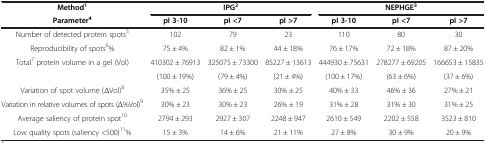
<table><thead><tr><td><b>Method<sup>1</sup></b></td><td colspan="3"><b>IPG<sup>2</sup></b></td><td colspan="3"><b>NEPHGE<sup>3</sup></b></td></tr><tr><td><b>Parameter<sup>4</sup></b></td><td><b>pI 3-10</b></td><td><b>pI &lt;7</b></td><td><b>pI &gt;7</b></td><td><b>pI 3-10</b></td><td><b>pI &lt;7</b></td><td><b>pI &gt;7</b></td></tr></thead><tbody><tr><td>Number of detected protein spots<sup>5</sup></td><td>102</td><td>79</td><td>23</td><td>110</td><td>80</td><td>30</td></tr><tr><td>Reproducibility of spots<sup>6</sup>%</td><td>75 ± 4%</td><td>82 ± 1%</td><td>44 ± 18%</td><td>76 ± 17%</td><td>72 ± 18%</td><td>87 ± 20%</td></tr><tr><td rowspan="2">Total<sup>7</sup> protein volume in a gel (Vol)</td><td>410302 ± 76913</td><td>325075 ± 73300</td><td>85227 ± 13613</td><td>444930 ± 75631</td><td>278277 ± 69205</td><td>166653 ± 15835</td></tr><tr><td>(100 ± 19%)</td><td>(79 ± 4%)</td><td>(21 ± 4%)</td><td>(100 ± 17%)</td><td>(63 ± 6%)</td><td>(37 ± 6%)</td></tr><tr><td>Variation of spot volume (ΔVol)<sup>8</sup></td><td>35% ± 25</td><td>36% ± 25</td><td>30% ± 25</td><td>40% ± 33</td><td>46% ± 36</td><td>27% ± 21</td></tr><tr><td>Variation in relative volumes of spots (Δ%Vol)<sup>9</sup></td><td>30% ± 23</td><td>30% ± 23</td><td>26% ± 19</td><td>31% ± 28</td><td>31% ± 30</td><td>31% ± 25</td></tr><tr><td>Average saliency of protein spot<sup>10</sup></td><td>2794 ± 293</td><td>2927 ± 307</td><td>2248 ± 947</td><td>2610 ± 549</td><td>2202 ± 558</td><td>3523 ± 810</td></tr><tr><td>Low quality spots (saliency &lt;500)<sup>11</sup>%</td><td>15 ± 3%</td><td>14 ± 6%</td><td>21 ± 11%</td><td>27 ± 8%</td><td>30 ± 9%</td><td>20 ± 9%</td></tr></tbody></table>